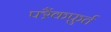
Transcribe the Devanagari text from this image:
फ्ऱैंकफ़ुर्त